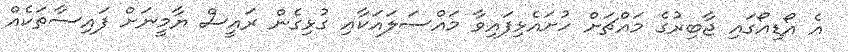
އެ އޯޑިއޯގައި ޖާބިރުގެ މައްޗަށް ހުށައެޅިފައިވާ މައްސަލައަކާއި ގުޅިގެން ރައީސް ޔާމީނަށް ފައިސާތަކެއް